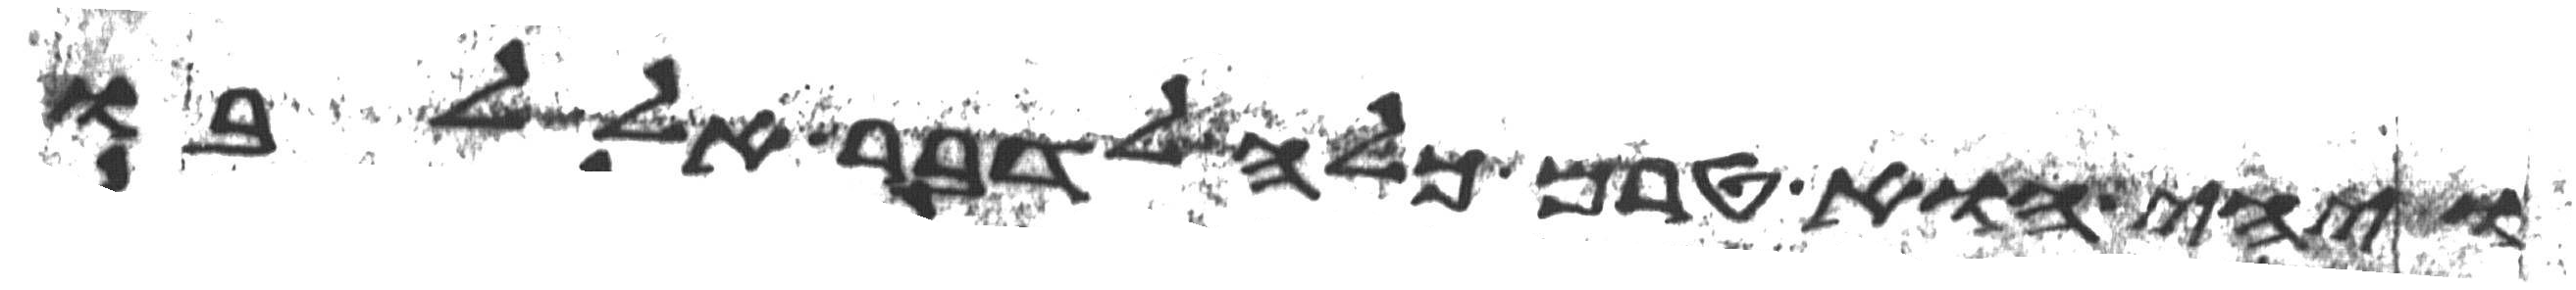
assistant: ויהי הוא טרם כלה לדבר אל לבו